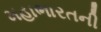
મહાભારતની